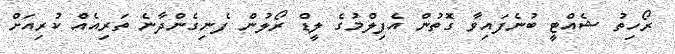
ރޯހިތު ޝެއްޓީ ބުނެފައިވާ ގޮތުން އެފިލްމުގެ ލީޑް ރޯލުން ފެނިގެންދާނެ ތަރިއެއް ކުރިއަށް